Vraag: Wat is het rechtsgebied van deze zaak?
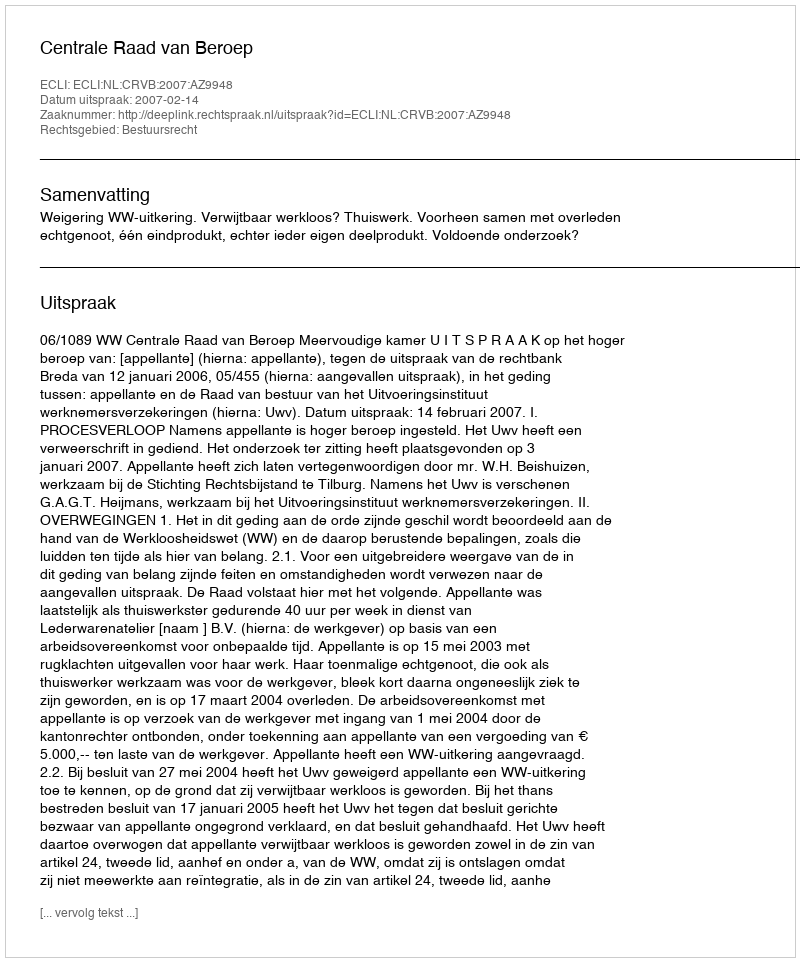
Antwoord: Bestuursrecht